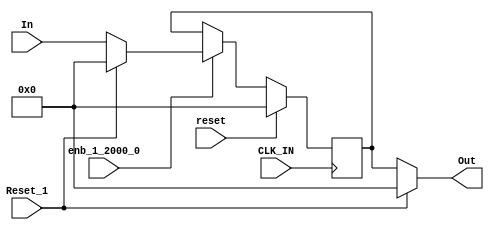
module velocityControlHdl_Reset_Delay
          (
           CLK_IN,
           reset,
           enb_1_2000_0,
           Reset_1,
           In,
           Out
          );


  input   CLK_IN;
  input   reset;
  input   enb_1_2000_0;
  input   Reset_1;
  input   signed [31:0] In;  // sfix32_En26
  output  signed [31:0] Out;  // sfix32_En26


  wire signed [31:0] Constant1_out1;  // sfix32_En26
  wire signed [31:0] Reset_Switch1_out1;  // sfix32_En26
  reg signed [31:0] In_Delay_out1;  // sfix32_En26
  wire signed [31:0] Constant_out1;  // sfix32_En26
  wire signed [31:0] Reset_Switch_out1;  // sfix32_En26


  // <S13>/Constant1
  assign Constant1_out1 = 32'sb00000000000000000000000000000000;



  // <S13>/Reset_Switch1
  assign Reset_Switch1_out1 = (Reset_1 == 1'b0 ? In :
              Constant1_out1);



  // <S13>/In_Delay
  always @(posedge CLK_IN)
    begin : In_Delay_process
      if (reset == 1'b1) begin
        In_Delay_out1 <= 32'sb00000000000000000000000000000000;
      end
      else if (enb_1_2000_0) begin
        In_Delay_out1 <= Reset_Switch1_out1;
      end
    end



  // <S13>/Constant
  assign Constant_out1 = 32'sb00000000000000000000000000000000;



  // <S13>/Reset_Switch
  assign Reset_Switch_out1 = (Reset_1 == 1'b0 ? In_Delay_out1 :
              Constant_out1);



  assign Out = Reset_Switch_out1;

endmodule